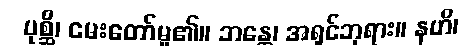
ပုစ္ဆိ၊ မေးတော်မူ၏။ ဘန္တေ၊ အရှင်ဘုရား။ နဟိ၊